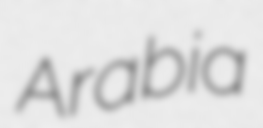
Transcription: Arabia